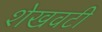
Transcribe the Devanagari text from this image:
शेखवटी